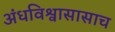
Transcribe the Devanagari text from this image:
अंधविश्वासासाच